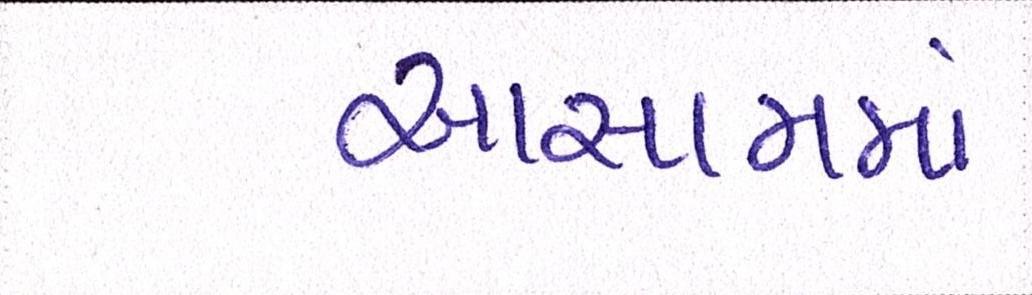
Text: આસામમા